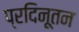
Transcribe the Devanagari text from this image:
प्रदिनूतन